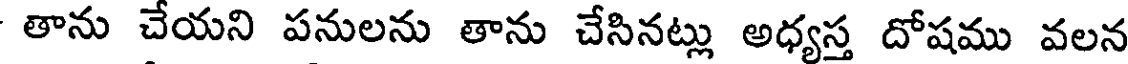
తాను చేయని పనులను తాను చేసినట్లు అధ్యస్త దోషము వలన